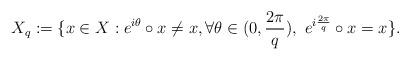
LaTeX: \begin{align*}X_q:=\{x\in X: e^{i\theta}\circ x\neq x, \forall\theta\in(0,\frac{2\pi}{q}),\ e^{i\frac{2\pi}{q}}\circ x=x\}.\end{align*}